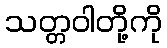
သတ္တဝါတို့ကို